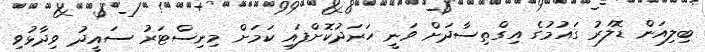
ބިލިއަން ޑޮލަރު ގައުމުގެ އިގްތިސާދަށް ވަނީ ހަރަދުކޮށްފައި ކަމަށް މިނިސްޓަރު ސައީދު ވިދާޅުވި